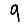
Digit: 9